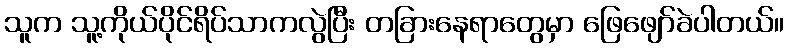
သူက သူ့ကိုယ်ပိုင်ရိပ်သာကလွဲပြီး တခြားနေရာတွေမှာ ဖြေဖျော်ခဲပါတယ်။